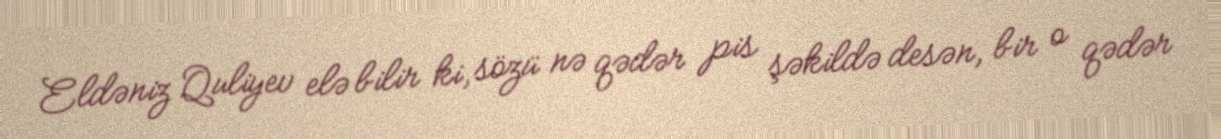
Eldəniz Quliyev elə bilir ki, sözü nə qədər pis şəkildə desən, bir o qədər